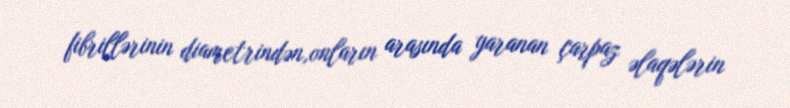
fibrillərinin diametrindən,onların arasında yaranan çarpaz əlaqələrin